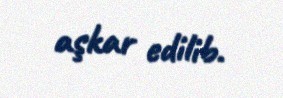
aşkar edilib.